Civil Veterinary Department Bihar & Orissa reports 1929-36 - 1929-1936
Year: 1929
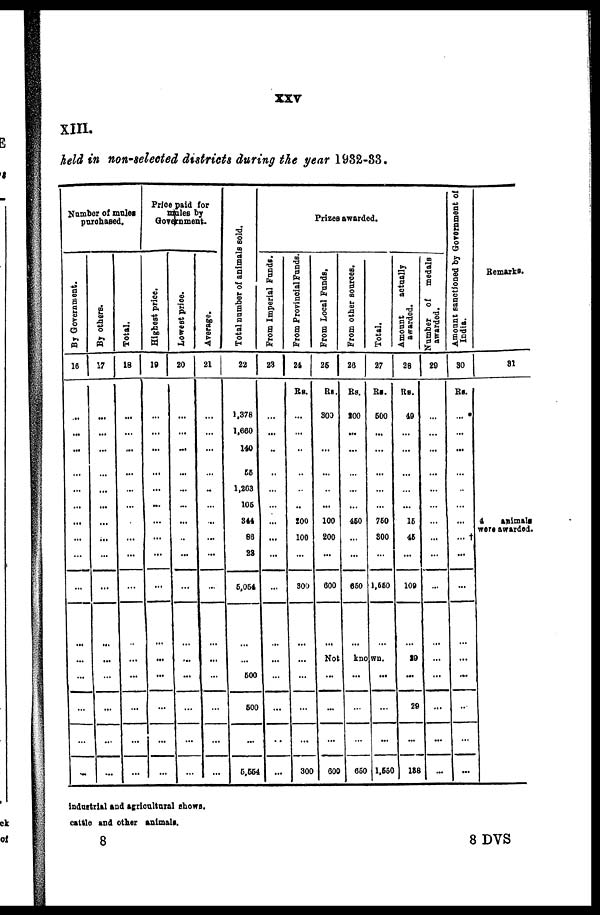
XXV
XIII.
held in non-selected districts during the year 1932-33.
Number of mules
purchased.
By Go v e r
n me n t.
16
...
...
...
...
...
...
...
...
...
...
...
...
...
...
...
By others.
17
...
...
...
...
...
...
...
...
...
...
...
...
...
...
...
Total.
18
...
...
...
...
...
...
...
...
...
...
...
...
...
...
...
Price paid for
mules by
Government.
Highest price.
19
...
...
...
...
...
...
...
...
...
...
...
...
...
...
...
Lowest price.
20
...
...
...
...
...
...
...
...
...
...
...
...
...
...
...
Average.
21
...
...
...
...
...
...
...
...
...
...
...
...
...
...
...
Total number of animals sold.
22
1,378
1,660
140
56
1,263
105
344
86
23
5,054
...
...
500
500
5,554
Prizes awarded.
From Imperial Funds.
23
...
...
...
...
...
...
...
...
...
...
...
...
...
...
...
From Provincial Funds.
24
Rs.
...
...
...
...
...
...
200
100
...
800
...
...
...
...
300
From Local Funds,
25
Rs.
300
...
...
...
...
...
100
200
...
600
...
From other sources.
26
Rs.
200
...
...
...
...
...
460
...
...
650
...
Total.
27
Rs.
500
...
...
...
...
...
750
300
...
1,650
...
Not
known.
...
...
600
...
...
650
...
...
1,650
Amount
actually
awarded.
28
Rs.
49
...
...
...
...
...
15
46
...
100
...
29
...
29
138
Number of medals
awarded.
29
...
...
...
...
...
...
...
...
...
...
...
...
...
...
...
Amount sanctioned by Government of
India.
30
Rs.
...
...
...
...
...
...
...
...
...
...
...
...
...
...
...
Remarks.
31
4
animals
were awarded.
industrial and agricultural shows.
cattle and other animals.
8
8 DVS